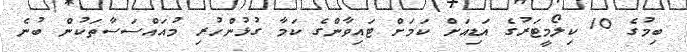
ބިމުގެ 10 ކިލޯމީޓަރުގެ އަޑިއަށް ކަމަށް ޓައިވާންގެ ކަމާ ގުޅުންހުރި މުއައްސަސާތަކުން ބުނެ